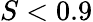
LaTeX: S<0.9